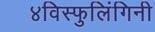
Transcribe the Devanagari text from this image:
४विस्फुलिंगिनी